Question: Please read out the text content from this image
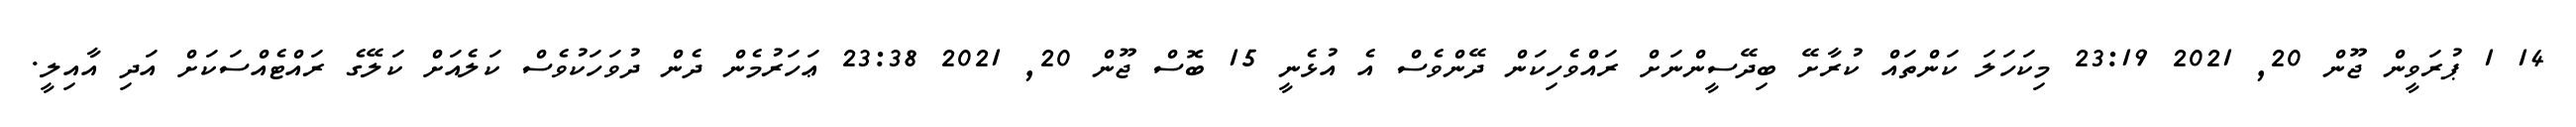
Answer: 14 1 ޕުރަވީން ޖޫން 20, 2021 23:19 މިކަހަލަ ކަންތައް ކުރާށޭ ބިދޭސީންނަށް ރައްވެހިކަން ދޭންވެސް އެ އުޅެނީ 15 ބޮސް ޖޫން 20, 2021 23:38 ޢަހަރުމެން ދެން ދުވަހަކުވެސް ކަލެއަށް ކަލޭގެ ރައްޓެއްސަކަށް އަދި އާއިލީ.